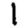
Digit: 1